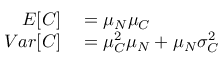
\begin{array} { r l } { E [ C ] } & { { } = \mu _ { N } \mu _ { C } } \\ { V a r [ C ] } & { { } = \mu _ { C } ^ { 2 } \mu _ { N } + \mu _ { N } \sigma _ { C } ^ { 2 } } \end{array}